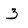
Character: 3